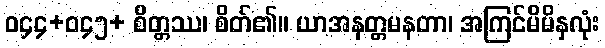
ဝ၄၄+ဝ၄၅+ စိတ္တဿ၊ စိတ်၏။ ယာအနတ္တမနတာ၊ အကြင်မိမိနှလုံး